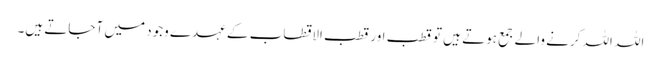
اللہ اللہ کرنے والے جمع ہوتے ہیں تو قطب اور قطب الاقطاب کے عہدے وجود میں آ جاتے ہیں۔